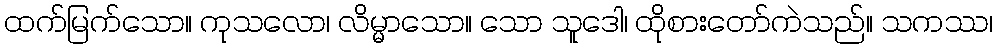
ထက်မြက်သော။ ကုသလော၊ လိမ္မာသော။ သော သူဒေါ၊ ထိုစားတော်ကဲသည်။ သကဿ၊